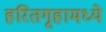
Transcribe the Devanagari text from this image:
हरितगृहामध्ये